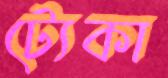
ট্যেকা